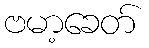
ဗမာ့ခေတ်